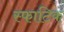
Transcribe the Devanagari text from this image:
स्फाटिकं